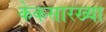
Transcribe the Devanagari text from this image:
केकसारख्या